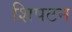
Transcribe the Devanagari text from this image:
शिपटन